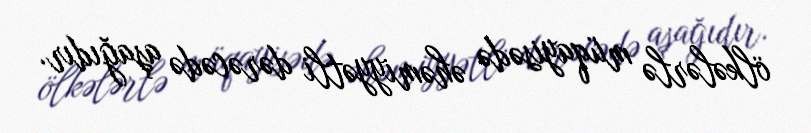
ölkələrlə müqayisədə əhəmiyyətli dərəcədə aşağıdır.